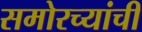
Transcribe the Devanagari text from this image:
समोरच्यांची